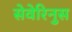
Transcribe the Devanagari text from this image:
सेवेरिनुस